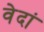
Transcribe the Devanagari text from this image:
वेदां